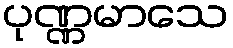
ပုဏ္ဏမာသေ